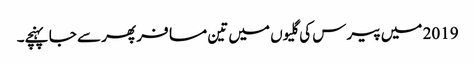
2019 میں پیرس کی گلیوں میں تین مسافر پھر سے جا پہنچے۔